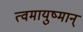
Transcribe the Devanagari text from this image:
त्वमायुष्मान्